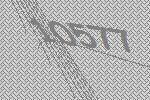
10577